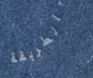
بالطريقة